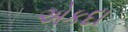
એકદા